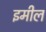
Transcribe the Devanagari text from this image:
इमील